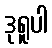
ဒုရူပါ